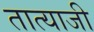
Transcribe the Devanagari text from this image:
तात्याजी